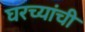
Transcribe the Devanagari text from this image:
घरच्यांची